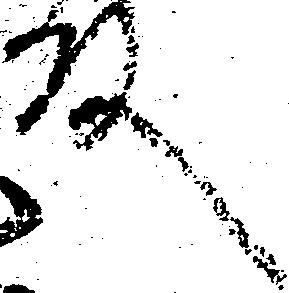
殿